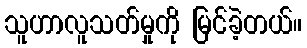
သူဟာလူသတ်မှုကို မြင်ခဲ့တယ်။